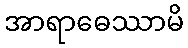
အာရာဓေဿာမိ